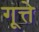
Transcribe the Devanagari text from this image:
गूत्ते